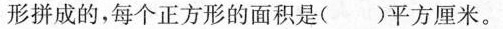
形拼成的，每个正方形的面积是()平方厘米。